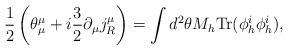
\begin{align*}\frac{1}{2} \left(\theta^{\mu}_{\mu} + i \frac{3}{2} \partial_{\mu} j_{R}^{\mu} \right) = \int d^{2} \theta M_h \mbox{Tr}(\phi_{h}^{i} \phi_{h}^{i}),\end{align*}